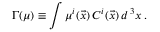
\Gamma ( \mu ) \equiv \int \mu ^ { i } ( \vec { x } ) \, C ^ { i } ( \vec { x } ) \, d ^ { \, 3 } x \, .